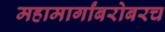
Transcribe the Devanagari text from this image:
महामार्गांबरोबरच